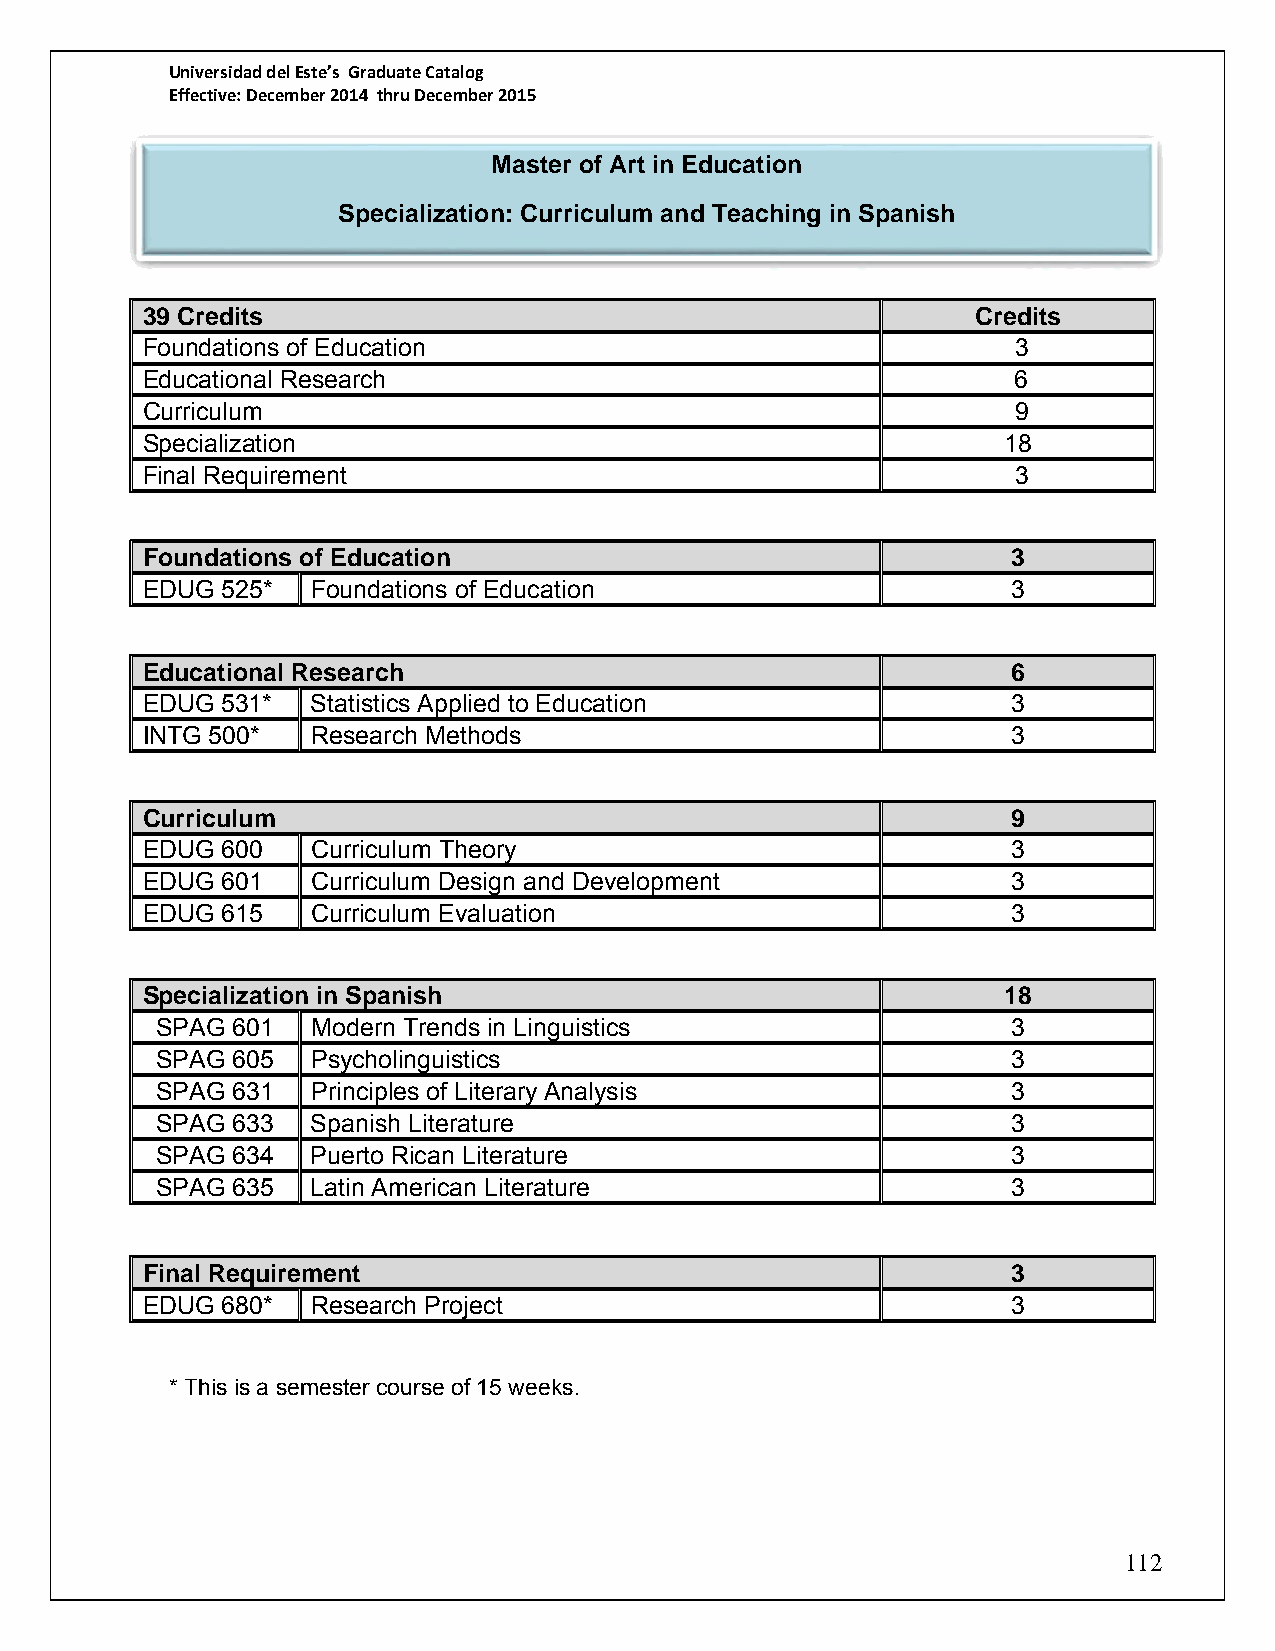
Universidad del Este’s Graduate Catalog
 Effective: December 2014 thru December 2015
 Master of Art in Education
 Specialization: Curriculum a nd Teaching in Spanish
 39 Credits                                              Credits
 Foundations of Education                                  3
 Educational Research                                      6
 Curriculum                                                9
 Specialization                                           18
 Final Requirement                                         3
 Foundations of Education                                  3
 EDUG  525*  Foundations of Education                      3
 Educational Research                                      6
 EDUG  531*  Statistics Applied to Education               3
 INTG 500*   Research Methods                              3
 Curriculum                                                9
 EDUG  600   Curriculum Theory                             3
 EDUG  601   Curriculum Design and Development             3
 EDUG  615   Curriculum Evaluation                         3
 Specialization in Spanish                                18
 SPAG 601   Modern Trends in Linguistics                  3
 SPAG 605   Psycholinguistics                             3
 SPAG 631   Principles of Literary Analysis               3
 SPAG 633   Spanish Literature                            3
 SPAG 634   Puerto Rican Literature                       3
 SPAG 635   Latin American Literature                     3
 Final Requirement                                         3
 EDUG  680*  Research Project                              3
 * This is a semester course of 15 weeks.
 112